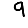
Digit: 9